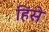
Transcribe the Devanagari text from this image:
हिंसे